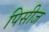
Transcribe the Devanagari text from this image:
पिसीज